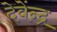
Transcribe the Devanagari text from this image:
देवेंन्द्र